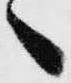
へ